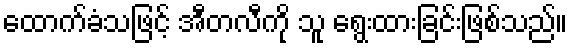
ထောက်ခံသဖြင့် အီတလီကို သူ ရွေးထားခြင်းဖြစ်သည်။